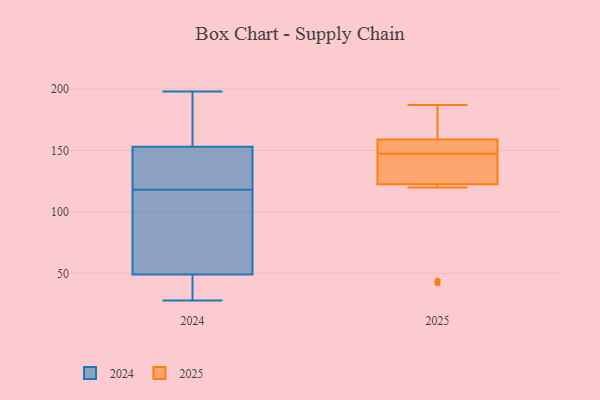
{"axis": {"x": "Revenue (USD Million)", "y": "Value"}, "legend": ["2024", "2025"], "data": [{"x": "", "y": 187, "type": "2025"}, {"x": "", "y": 125, "type": "2025"}, {"x": "", "y": 137, "type": "2025"}, {"x": "", "y": 145, "type": "2025"}, {"x": "", "y": 150, "type": "2025"}, {"x": "", "y": 157, "type": "2025"}, {"x": "", "y": 166, "type": "2025"}, {"x": "", "y": 158, "type": "2025"}, {"x": "", "y": 160, "type": "2025"}, {"x": "", "y": 42, "type": "2025"}, {"x": "", "y": 120, "type": "2025"}, {"x": "", "y": 44, "type": "2025"}, {"x": "", "y": 39, "type": "2024"}, {"x": "", "y": 40, "type": "2024"}, {"x": "", "y": 150, "type": "2024"}, {"x": "", "y": 116, "type": "2024"}, {"x": "", "y": 35, "type": "2024"}, {"x": "", "y": 198, "type": "2024"}, {"x": "", "y": 198, "type": "2024"}, {"x": "", "y": 107, "type": "2024"}, {"x": "", "y": 121, "type": "2024"}, {"x": "", "y": 60, "type": "2024"}, {"x": "", "y": 58, "type": "2024"}, {"x": "", "y": 28, "type": "2024"}, {"x": "", "y": 133, "type": "2024"}, {"x": "", "y": 120, "type": "2024"}, {"x": "", "y": 156, "type": "2024"}, {"x": "", "y": 191, "type": "2024"}]}